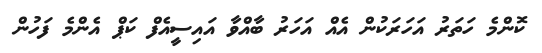
ކޮންމެ ހަތަރު އަހަރަކުން އެއް އަހަރު ބާއްވާ އައިސީއެފް ކަޕް އެންމެ ފަހުން